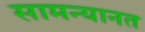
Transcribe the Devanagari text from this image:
सामन्यानत